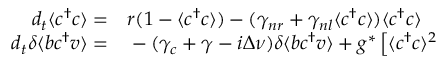
\begin{array} { r l } { d _ { t } \langle c ^ { \dagger } c \rangle = } & { { } r ( 1 - \langle c ^ { \dagger } c \rangle ) - ( \gamma _ { n r } + \gamma _ { n l } \langle c ^ { \dagger } c \rangle ) \langle c ^ { \dagger } c \rangle } \\ { d _ { t } \delta \langle b c ^ { \dagger } v \rangle = } & { { } - ( \gamma _ { c } + \gamma - i \Delta \nu ) \delta \langle b c ^ { \dagger } v \rangle + g ^ { * } \left[ \langle c ^ { \dagger } c \rangle ^ { 2 } \right. } \end{array}